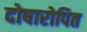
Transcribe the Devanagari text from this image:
दोषारोपित